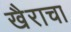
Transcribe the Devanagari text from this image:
खैराचा